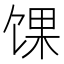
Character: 馃